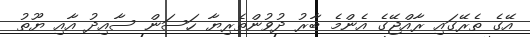
އޭގެ ތެރޭގައި ރާއްޖޭގެ އެންމެ ބާރު ދުވުންތެރިޔާ ހަސަން ސާއިދު އާއި ޔޫތު